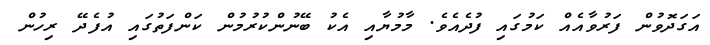
އަގަދޮވުން ފަރުވާއެއް ކަމުގައި ފުދެއެވެ. މާމުޔާއި އެކު ބޭނުންކުރުމުން ކަންފަތުގައި އުފެދޭ ރިހުން